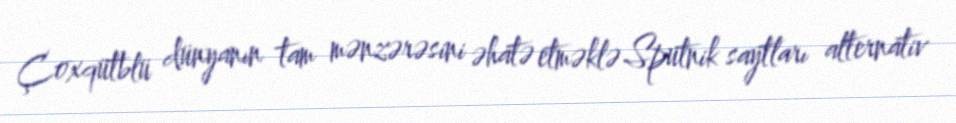
Çoxqütblü dünyanın tam mənzərəsini əhatə etməklə Sputnik saytları alternativ